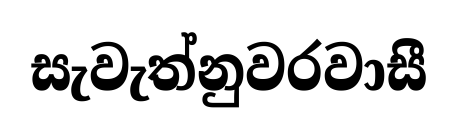
සැවැත්නුවරවාසී